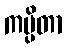
ကမ္ပိတာ